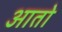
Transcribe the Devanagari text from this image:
आताे